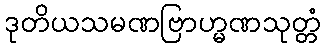
ဒုတိယသမဏဗြာဟ္မဏသုတ္တံ